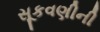
સૂકવણીની